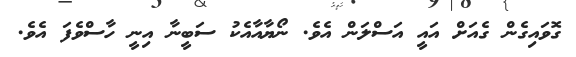
ގޮވައިގެން ގެއަށް އައީ އަސްލަން އެވެ. ނޯޔާއާއެކު ސަބީނާ އިނީ ހާސްވެފަ އެވެ.